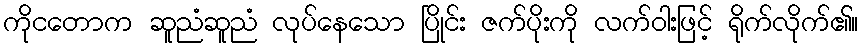
ကိုငတောက ဆူညံဆူညံ လုပ်နေသော ပြိုင်း ဇက်ပိုးကို လက်ဝါးဖြင့် ရိုက်လိုက်၏။